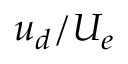
u _ { d } / U _ { e }